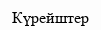
Күрейштер